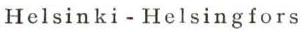
Helsinki-Helsingfors